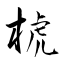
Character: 椃